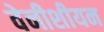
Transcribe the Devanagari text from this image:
वेनीशीयन